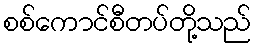
စစ်ကောင်စီတပ်တို့သည်